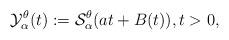
LaTeX: \begin{align*}\mathcal{Y}_{\alpha }^{\theta }(t):=\mathcal{S}_{\alpha }^{\theta}(at+B(t)),t>0, \end{align*}